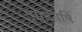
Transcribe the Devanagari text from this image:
नृपदेवर्षि